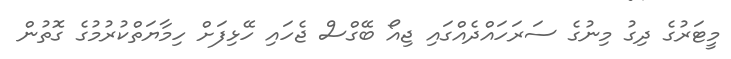
މީޓަރުގެ ދިގު މިނުގެ ސަރަހައްދެއްގައި ޖިއޯ ބޭގްސް ޖެހައި ހޭޅިފަށް ހިމާޔަތްކުރުމުގެ ގޮތުން